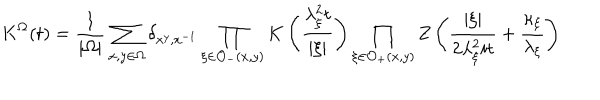
LaTeX: K ^ { \Omega } ( t ) = \frac { 1 } { \left| \Omega \right| } \sum _ { x , y \in \Omega } \delta _ { x ^ { y } , x ^ { - 1 } } \prod _ { \xi \in \mathcal { O } _ { - } ( x , y ) } K \left( \frac { \lambda _ { \xi } ^ { 2 } t } { \left| \xi \right| } \right) \prod _ { \xi \in \mathcal { O } _ { + } ( x , y ) } Z \left( \frac { \left| \xi \right| } { 2 \lambda _ { \xi } ^ { 2 } i t } + \frac { \kappa _ { \xi } } { \lambda _ { \xi } } \right)